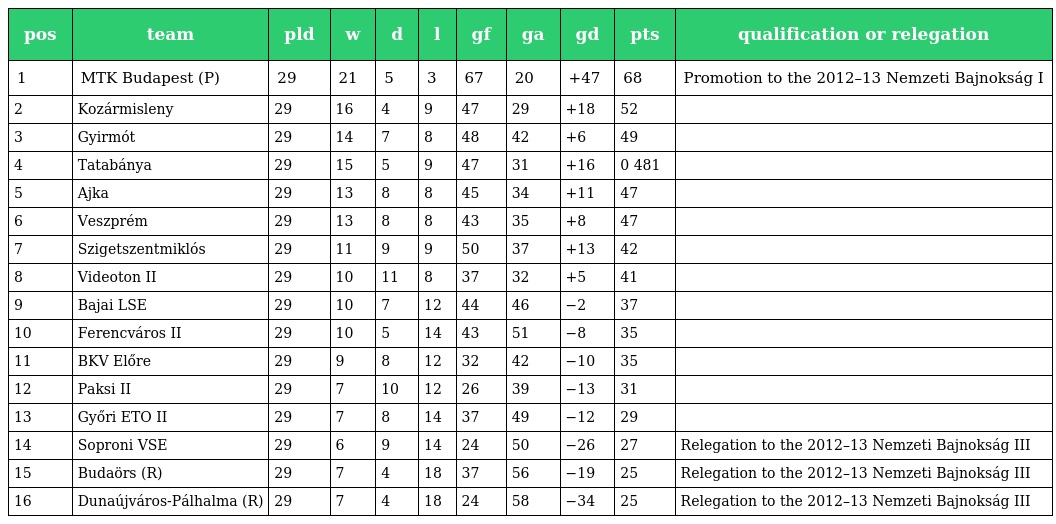
| pos | team | pld | w | d | l | gf | ga | gd | pts | qualification or relegation |
 | --- | --- | --- | --- | --- | --- | --- | --- | --- | --- | --- |
 | 1 | MTK Budapest (P) | 29 | 21 | 5 | 3 | 67 | 20 | +47 | 68 | Promotion to the 2012–13 Nemzeti Bajnokság I |
 | 2 | Kozármisleny | 29 | 16 | 4 | 9 | 47 | 29 | +18 | 52 |  |
 | 3 | Gyirmót | 29 | 14 | 7 | 8 | 48 | 42 | +6 | 49 |  |
 | 4 | Tatabánya | 29 | 15 | 5 | 9 | 47 | 31 | +16 | 0 481 |  |
 | 5 | Ajka | 29 | 13 | 8 | 8 | 45 | 34 | +11 | 47 |  |
 | 6 | Veszprém | 29 | 13 | 8 | 8 | 43 | 35 | +8 | 47 |  |
 | 7 | Szigetszentmiklós | 29 | 11 | 9 | 9 | 50 | 37 | +13 | 42 |  |
 | 8 | Videoton II | 29 | 10 | 11 | 8 | 37 | 32 | +5 | 41 |  |
 | 9 | Bajai LSE | 29 | 10 | 7 | 12 | 44 | 46 | −2 | 37 |  |
 | 10 | Ferencváros II | 29 | 10 | 5 | 14 | 43 | 51 | −8 | 35 |  |
 | 11 | BKV Előre | 29 | 9 | 8 | 12 | 32 | 42 | −10 | 35 |  |
 | 12 | Paksi II | 29 | 7 | 10 | 12 | 26 | 39 | −13 | 31 |  |
 | 13 | Győri ETO II | 29 | 7 | 8 | 14 | 37 | 49 | −12 | 29 |  |
 | 14 | Soproni VSE | 29 | 6 | 9 | 14 | 24 | 50 | −26 | 27 | Relegation to the 2012–13 Nemzeti Bajnokság III |
 | 15 | Budaörs (R) | 29 | 7 | 4 | 18 | 37 | 56 | −19 | 25 | Relegation to the 2012–13 Nemzeti Bajnokság III |
 | 16 | Dunaújváros-Pálhalma (R) | 29 | 7 | 4 | 18 | 24 | 58 | −34 | 25 | Relegation to the 2012–13 Nemzeti Bajnokság III |